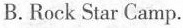
B. Rock Star Camp.